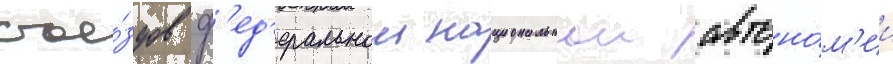
съе́здов ф'ед'еральнои национальнои автоно́м'ии